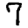
Digit: 7